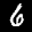
Label: 6